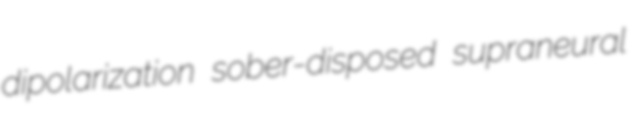
dipolarization sober-disposed supraneural